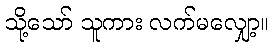
သို့သော် သူကား လက်မလျှော့။